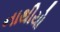
નાથીયો